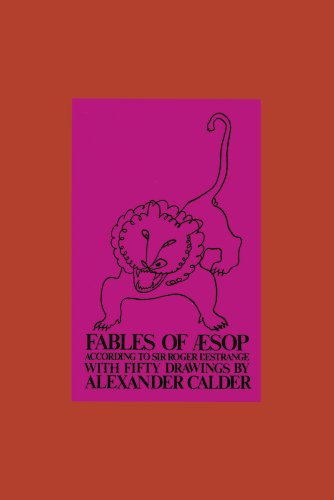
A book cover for Fables of Aesop According to Sir Roger L'Estrange, with Fifty Drawings by Alexander Calder; Literature & Fiction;